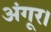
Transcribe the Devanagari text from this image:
अंगूर।